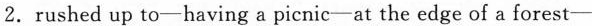
2. rushed up to—having a picnic-at the edge of a forest—